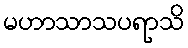
မဟာသာသပရာသိ